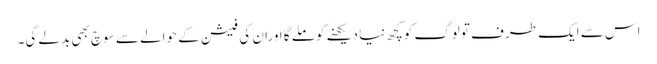
اس سے ایک طرف تولوگ کوکچھ نیا دیکھنے کوملے گا اوران کی فیشن کے حوالے سے سوچ بھی بدلے گی۔